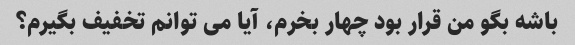
باشه بگو من قرار بود چهار بخرم، آیا می توانم تخفیف بگیرم؟